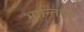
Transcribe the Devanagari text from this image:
भ्रान्तियाँ